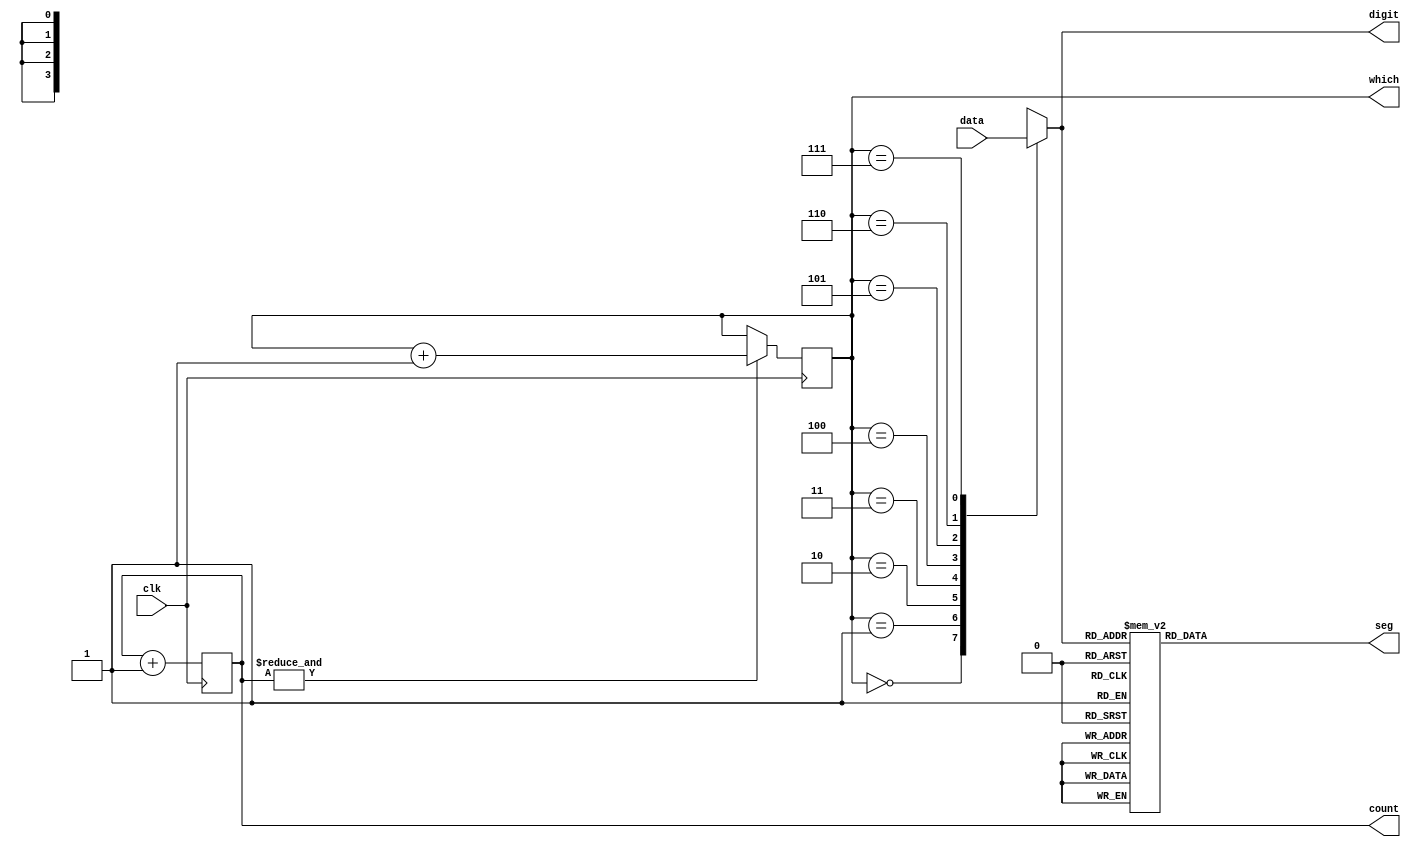
`timescale 1ns / 1ps
// 8  /////////////////////////////////////////////////////////
// 
// input clk;
// output [2:0] which;
// output [7:0] seg;
// output reg enable = 1; // -10
// reg [1:32] data;
// Display Display_Instance(.clk(clk), .data(sw), .which(which), .seg(seg));
//
// 
// set_property IOSTANDARD LVCMOS18 [get_ports seg]
// set_property PACKAGE_PIN H19 [get_ports {seg[7]}]
// set_property PACKAGE_PIN G20 [get_ports {seg[6]}]
// set_property PACKAGE_PIN J22 [get_ports {seg[5]}]
// set_property PACKAGE_PIN K22 [get_ports {seg[4]}]
// set_property PACKAGE_PIN K21 [get_ports {seg[3]}]
// set_property PACKAGE_PIN H20 [get_ports {seg[2]}]
// set_property PACKAGE_PIN H22 [get_ports {seg[1]}]
// set_property PACKAGE_PIN J21 [get_ports {seg[0]}]
// set_property IOSTANDARD LVCMOS18 [get_ports which]
// set_property PACKAGE_PIN N22 [get_ports {which[0]}]
// set_property PACKAGE_PIN M21 [get_ports {which[1]}]
// set_property PACKAGE_PIN M22 [get_ports {which[2]}]
// set_property -dict {IOSTANDARD LVCMOS18 PACKAGE_PIN L21} [get_ports enable]
// set_property -dict {IOSTANDARD LVCMOS18 PACKAGE_PIN H4} [get_ports clk]
// 
// set_property CLOCK_DEDICATED_ROUTE FALSE [get_nets clk_IBUF]
//////////////////////////////////////////////////////////////////////////////////
module Display(clk, data, which, seg,
    count, digit); // 
    input clk; // 
    input [32:1] data; // 32 
    output reg [2:0] which = 0; // 
    output reg [7:0] seg; // 
    output reg [10:0] count = 0; // 
    always @(posedge clk) count <= count + 1'b1;
    always @(negedge clk) if (&count) which <= which + 1'b1;
    output reg [3:0] digit; //   
    always @* case (which)
        0: digit <= data[32:29]; // 
        1: digit <= data[28:25];
        2: digit <= data[24:21];
        3: digit <= data[20:17];
        4: digit <= data[16:13];
        5: digit <= data[12:09];
        6: digit <= data[08:05];
        7: digit <= data[04:01]; // 
    endcase
    // 8.4.2 HDU-XL-01 
    // 0 
    always @* case (digit) //   
        4'h0: seg <= 8'b0000_0011; //  gdp  0
        4'h1: seg <= 8'b1001_1111; //  bc  1
        4'h2: seg <= 8'b0010_0101;
        4'h3: seg <= 8'b0000_1101;
        4'h4: seg <= 8'b1001_1001;
        4'h5: seg <= 8'b0100_1001;
        4'h6: seg <= 8'b0100_0001;
        4'h7: seg <= 8'b0001_1111;
        4'h8: seg <= 8'b0000_0001;
        4'h9: seg <= 8'b0000_1001;
        4'hA: seg <= 8'b0001_0001;
        4'hB: seg <= 8'b1100_0001;
        4'hC: seg <= 8'b0110_0011;
        4'hD: seg <= 8'b1000_0101;
        4'hE: seg <= 8'b0110_0001;
        4'hF: seg <= 8'b0111_0001;
    endcase
endmodule // Display